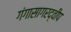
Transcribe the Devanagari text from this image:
गंगासागरद्वीप